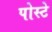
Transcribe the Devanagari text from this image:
पोस्टे